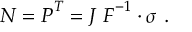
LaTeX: { \boldsymbol { N } } = { \boldsymbol { P } } ^ { T } = J ~ { \boldsymbol { F } } ^ { - 1 } \cdot { \boldsymbol { \sigma } } ~ .